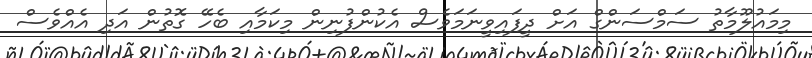
މިމައުލޫމާތު ސަމްސަންގް އަށް ދީފައިވީނަމަވެސް އެކުންފުނިން މިކަމާއި ބެހޭ ގޮތުން އަދި އެއްވެސް